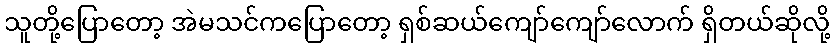
သူတို့ပြောတော့ အဲမသင်ကပြောတော့ ရှစ်ဆယ်ကျော်ကျော်လောက် ရှိတယ်ဆိုလို့